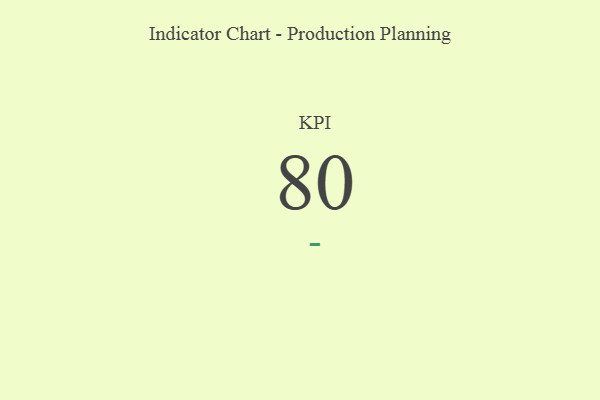
{"axis": {"x": "KPI", "y": "Value"}, "legend": [""], "data": [{"x": "KPI", "y": 80, "type": ""}]}